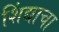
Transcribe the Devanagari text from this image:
शिंद्याचा